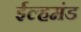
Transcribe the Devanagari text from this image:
ईल्हमंड